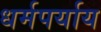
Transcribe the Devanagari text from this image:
धर्मपर्याय